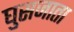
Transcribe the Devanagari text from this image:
घुसजाता